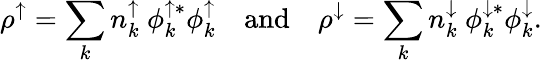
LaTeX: \rho^{\uparrow}=\sum_{k}{n_{k}^{\uparrow}\ \phi_{k}^{\uparrow*}\phi_{k}^{\uparrow}}\quad\mathrm{and}\quad\rho^{\downarrow}=\sum_{k}{n_{k}^{\downarrow}\ \phi_{k}^{\downarrow*}\phi_{k}^{\downarrow}}.